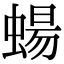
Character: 蝪